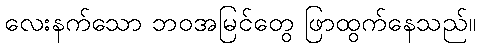
လေးနက်သော ဘဝအမြင်တွေ ဖြာထွက်နေသည်။